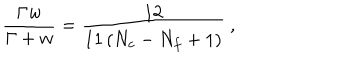
LaTeX: \frac { \Gamma w } { \Gamma + w } = \frac { 1 2 } { 1 1 \left( N _ { c } - N _ { f } + 1 \right) } \ ,